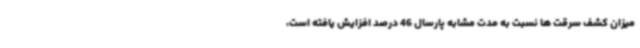
میزان کشف سرقت ها نسبت به مدت مشابه پارسال 46 درصد افزایش یافته است،